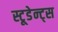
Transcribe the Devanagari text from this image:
स्टूडेन्ट्स